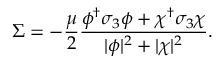
\Sigma = - { \frac { \mu } { 2 } } { \frac { \phi ^ { \dagger } \sigma _ { 3 } \phi + \chi ^ { \dagger } \sigma _ { 3 } \chi } { | \phi | ^ { 2 } + | \chi | ^ { 2 } } } .